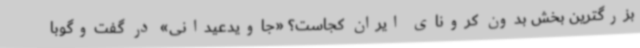
بزرگترین بخش بدون کرونای ایران کجاست؟ «جاویدعیدانی» در گفت‌وگوبا